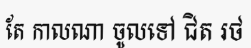
តែ កាលណា ចូលទៅ ជិត រថ